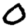
Digit: 0